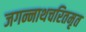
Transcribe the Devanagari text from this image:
जगन्नाथचरितमृत